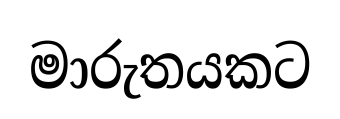
මාරුතයකට